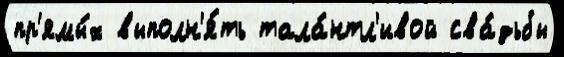
пр'ямы́х выполн'я́ть тала́нтл'ивой сва́дьбы